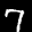
Label: 7